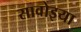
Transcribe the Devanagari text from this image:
सावोइया